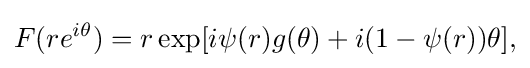
\displaystyle {F(re^{i\theta })=r\exp[i\psi (r)g(\theta )+i(1-\psi (r))\theta ],}